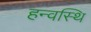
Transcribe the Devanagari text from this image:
हन्वस्थि